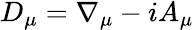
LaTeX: \begin{array}{r}{D_{\mu}=\nabla_{\mu}-iA_{\mu}}\end{array}